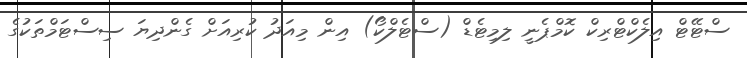
ސްޓޭޓް އިލެކްޓްރިކް ކޮމްޕެނީ ލިމިޓެޑް (ސްޓެލްކޯ) އިން މިއަދު ކުރިއަށް ގެންދިޔަ ސިސްޓަމްތަކުގެ